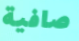
صافية